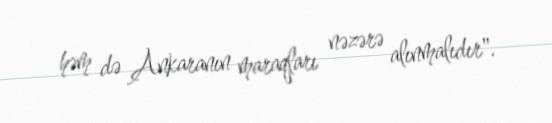
həm də Ankaranın maraqları nəzərə alınmalıdır".